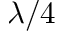
\lambda / 4